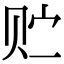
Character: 贮